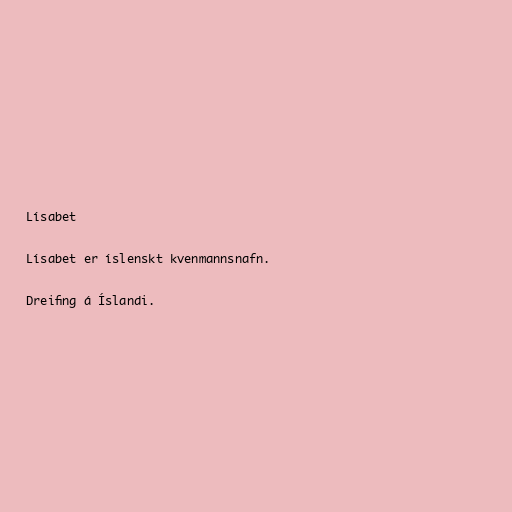
Lísabet

Lísabet er íslenskt kvenmannsnafn.

Dreifing á Íslandi.